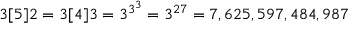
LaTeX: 3 [ 5 ] 2 = 3 [ 4 ] 3 = 3 ^ { 3 ^ { 3 } } = 3 ^ { 2 7 } = 7 , 6 2 5 , 5 9 7 , 4 8 4 , 9 8 7